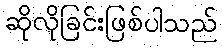
ဆိုလိုခြင်းဖြစ်ပါသည်